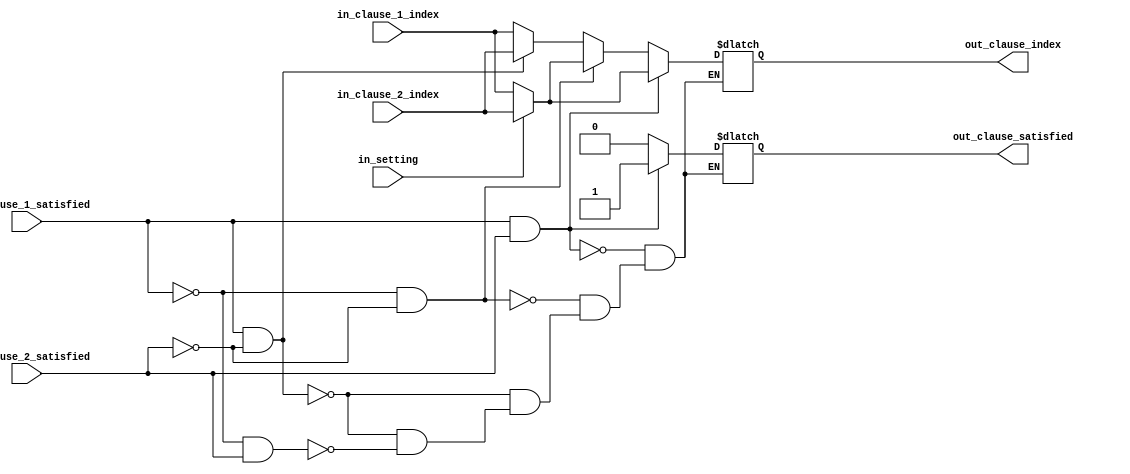
// inputs
// 1- two indeces 
// 2- two flags for unsatisfied 
// 3- one control signal if 0 choose the first , if 1 choose the second

// ----------------------------------

// outputs
// the index of the clause 
// is it satisfied or not


module CompareTwoChecker
#(
parameter MAXIMUM_BIT_WIDTH_OF_CLAUSES_INDEX =3//gives us the maximum number of clauses
)

(
input [MAXIMUM_BIT_WIDTH_OF_CLAUSES_INDEX-1:0] in_clause_1_index,
input [MAXIMUM_BIT_WIDTH_OF_CLAUSES_INDEX-1:0] in_clause_2_index,
input in_clause_1_satisfied,
input in_clause_2_satisfied,
input in_setting,
output [MAXIMUM_BIT_WIDTH_OF_CLAUSES_INDEX-1:0] out_clause_index,
output out_clause_satisfied
);

reg  [MAXIMUM_BIT_WIDTH_OF_CLAUSES_INDEX-1:0] index;
reg is_satisfied;

always @ *
begin

    // if the first clause is not satisfied and the second is satisfied propagate the first
    if(in_clause_1_satisfied == 0 && in_clause_2_satisfied == 1)
    begin
    index = in_clause_1_index;
    is_satisfied = 0;
    end


    // if the first clause is satisfied and the second is not propagate the second
    if(in_clause_1_satisfied == 1 && in_clause_2_satisfied == 0)
    begin
    index = in_clause_2_index;
    is_satisfied = 0;
    end
    

    // if the first clause is satisfied and the second is not propagate the second
    if(in_clause_1_satisfied == 1 && in_clause_2_satisfied == 0)
    begin
    index = in_clause_2_index;
    is_satisfied = 0;
    end


    // if booth not satisfied , choose the one from the control signal setting
    if(in_clause_1_satisfied == 0 && in_clause_2_satisfied == 0)
    begin
    
        if(in_setting == 0)
            index = in_clause_1_index;
        else
             index = in_clause_2_index;
            
    is_satisfied = 0;
    end
       

        // if booth satisfied , choose the one from the control signal setting
    if(in_clause_1_satisfied == 1 && in_clause_2_satisfied == 1)
    begin
    
        if(in_setting == 0)
            index = in_clause_1_index;
        else
             index = in_clause_2_index;
            
    is_satisfied = 1;
    end

 end
 

 assign out_clause_index = index;
 assign out_clause_satisfied = is_satisfied; 
 
endmodule